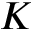
K